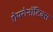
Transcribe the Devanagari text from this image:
ऐयरोनॉटिक्स